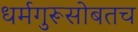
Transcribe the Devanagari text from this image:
धर्मगुरूसोबतच